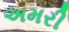
અમરી